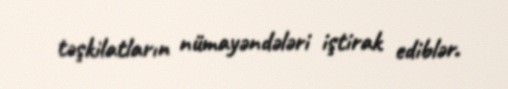
təşkilatların nümayəndələri iştirak ediblər.